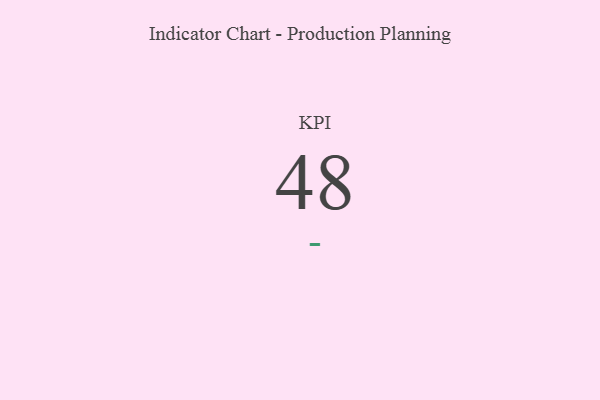
{"axis": {"x": "KPI", "y": "Value"}, "legend": [""], "data": [{"x": "KPI", "y": 48, "type": ""}]}